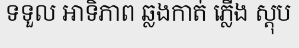
ទទួល អាទិភាព ឆ្លងកាត់ ភ្លើង ស្តុប